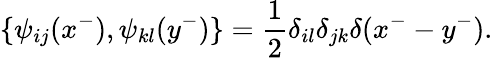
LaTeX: \{ \psi_{ij}(x^{-}),\psi_{kl}(y^{-})\} =\frac{1}{2}\delta_{il}\delta_{jk}\delta(x^{-}-y^{-}).